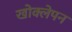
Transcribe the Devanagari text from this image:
खोक्लेपन